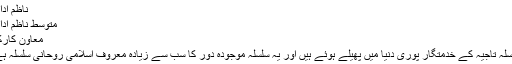
ناظم ادارہ
متوسط ناظم ادارہ
معاون کارکن
سلسلہ تاجیہ کے خدمتگار پوری دنیا میں پھیلے ہوئے ہیں اور یہ سلسلہ موجودہ دور کا سب سے زیادہ معروف اسلامی روحانی سلسلہ ہے۔